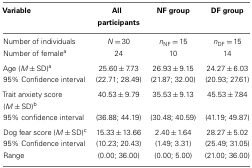
| Variable | All participants | NF group | DF group |
 | --- | --- | --- | --- |
 | Number of individuals | N = 30 | nNF = 15 | nDF = 15 |
 | Number of femalea | 24 | 10 | 14 |
 | Age (M ± SD)a | 25.60 ± 7.73 | 26.93 ± 9.15 | 24.27 ± 6.03 |
 | 95% Confidence interval | (22.71; 28.49) | (21.87; 32.00) | (20.93; 27.61) |
 | Trait anxiety score (M ± SD)b | 40.53 ± 9.79 | 35.53 ± 9.13 | 45.53 ± 7.84 |
 | 95% confidence interval | (36.88; 44.19) | (30.48; 40.59) | (41.19; 49.87) |
 | Dog fear score (M ± SD)c | 15.33 ± 13.66 | 2.40 ± 1.64 | 28.27 ± 5.02 |
 | 95% Confidence interval | (10.23; 20.43) | (1.49; 3.31) | (25.49; 31.05) |
 | Range | (0.00; 36.00) | (0.00; 5.00) | (21.00; 36.00) |